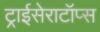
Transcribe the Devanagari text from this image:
ट्राईसेराटॉप्स